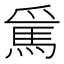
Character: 𲋵